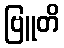
ဗြူတိ